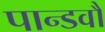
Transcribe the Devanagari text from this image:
पान्डवौ